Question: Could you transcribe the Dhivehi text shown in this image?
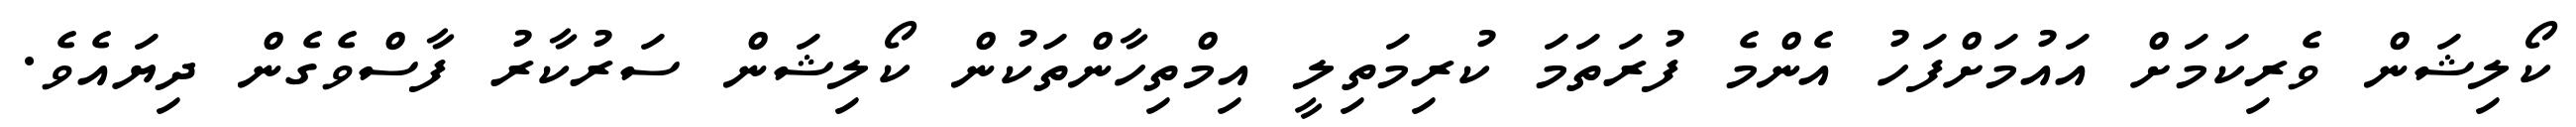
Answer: ކޯލިޝަން ވެރިކަމަށް އައުމަށްފަހު އެންމެ ފުރަތަމަ ކުރިމަތިލީ އިމްތިހާންތަކުން ކޯލިޝަން ސަރުކާރު ފާސްވެގެން ދިޔައެވެ.